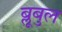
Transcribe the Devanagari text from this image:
ब्लूबुल